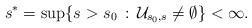
LaTeX: \begin{align*} s^{*}=\sup\{ s> s_{0}\,:\,\mathcal U_{ s_{0}, s}\ne\emptyset\}<\infty.\end{align*}